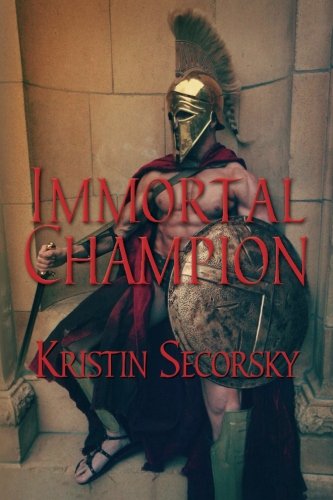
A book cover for Immortal Champion (The Immortal Gladiator Series) (Volume 3); Kristin Secorsky; Romance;